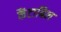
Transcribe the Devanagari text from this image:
कैंटाबिल